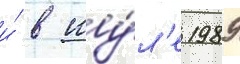
и́ в иу́л'е 1989